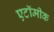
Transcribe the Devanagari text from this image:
एटॉमीक